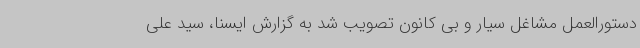
دستورالعمل مشاغل سیار و بی کانون تصویب شد به گزارش ایسنا، سید علی